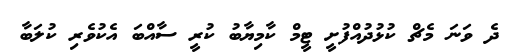
ދެ ވަނަ މެޗް ކުޅުދުއްފުށީ ޓީމް ކާމިޔާބު ކުރީ ސާއްބަ އެކުވެރި ކުލަބާ